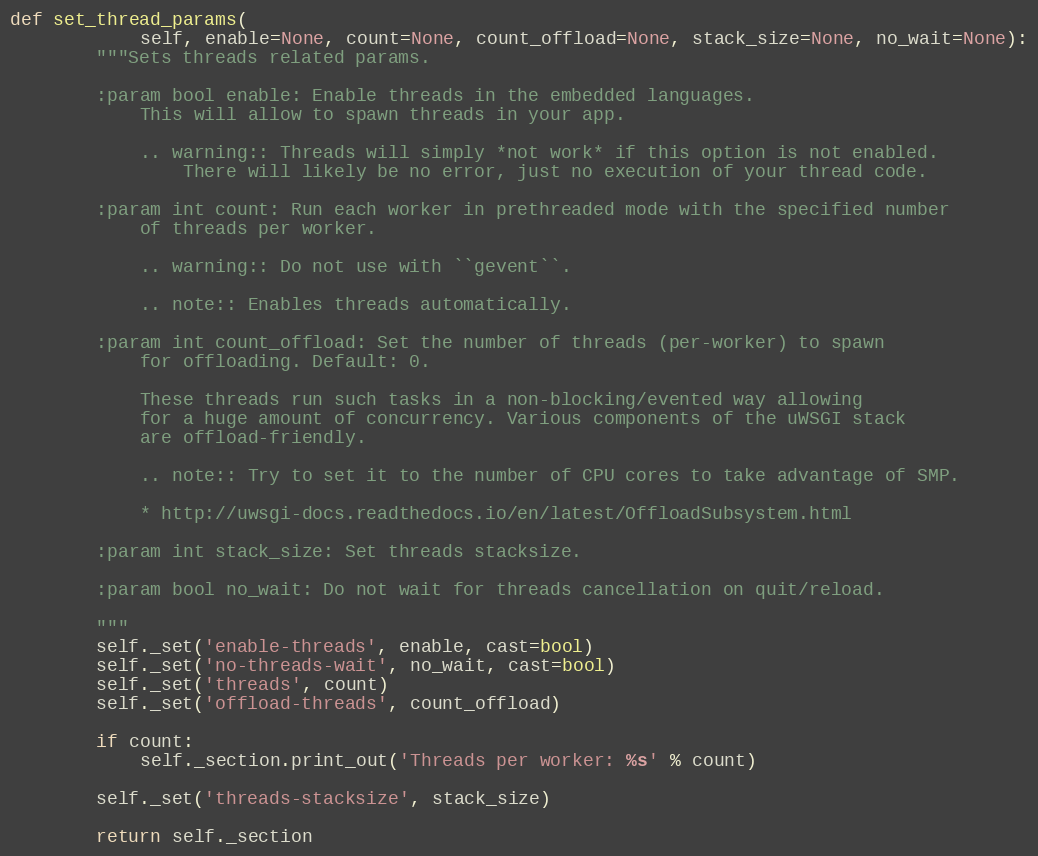
Language: Python
def set_thread_params(
            self, enable=None, count=None, count_offload=None, stack_size=None, no_wait=None):
        """Sets threads related params.

        :param bool enable: Enable threads in the embedded languages.
            This will allow to spawn threads in your app.

            .. warning:: Threads will simply *not work* if this option is not enabled.
                There will likely be no error, just no execution of your thread code.

        :param int count: Run each worker in prethreaded mode with the specified number
            of threads per worker.

            .. warning:: Do not use with ``gevent``.

            .. note:: Enables threads automatically.

        :param int count_offload: Set the number of threads (per-worker) to spawn
            for offloading. Default: 0.

            These threads run such tasks in a non-blocking/evented way allowing
            for a huge amount of concurrency. Various components of the uWSGI stack
            are offload-friendly.

            .. note:: Try to set it to the number of CPU cores to take advantage of SMP.

            * http://uwsgi-docs.readthedocs.io/en/latest/OffloadSubsystem.html

        :param int stack_size: Set threads stacksize.

        :param bool no_wait: Do not wait for threads cancellation on quit/reload.

        """
        self._set('enable-threads', enable, cast=bool)
        self._set('no-threads-wait', no_wait, cast=bool)
        self._set('threads', count)
        self._set('offload-threads', count_offload)

        if count:
            self._section.print_out('Threads per worker: %s' % count)

        self._set('threads-stacksize', stack_size)

        return self._section